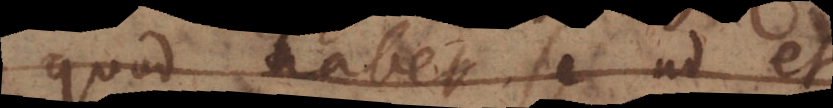
quod habet se ad et,